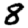
Digit: 8